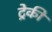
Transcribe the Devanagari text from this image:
ट्रेकी